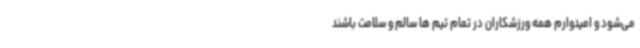
می‌شود و امیدوارم همه ورزشکاران در تمام تیم ها سالم و سلامت باشند